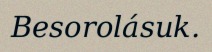
Besorolásuk.